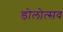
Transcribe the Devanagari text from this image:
डोलोत्सव